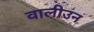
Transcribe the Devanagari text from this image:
वालीउन